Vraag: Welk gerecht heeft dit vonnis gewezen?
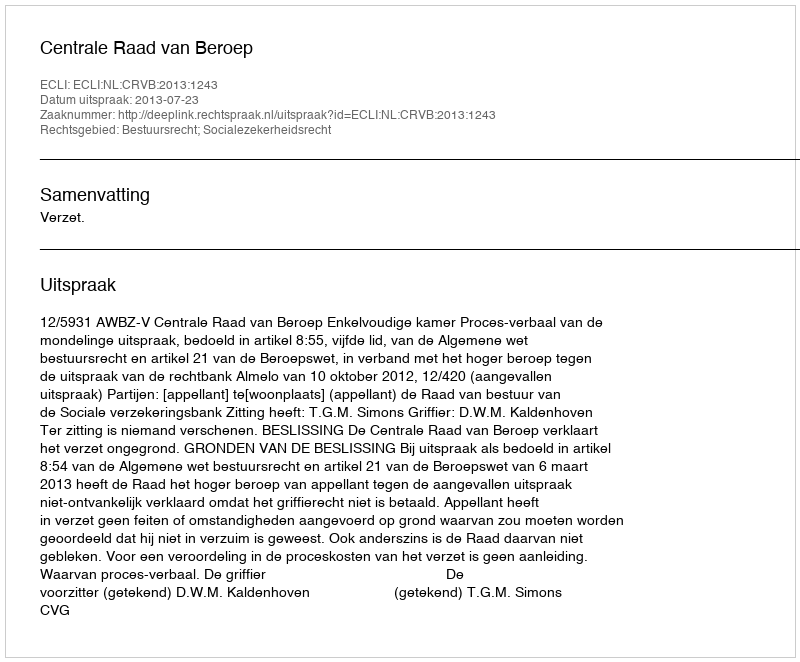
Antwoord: Centrale Raad van Beroep